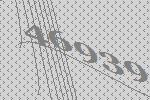
46939